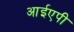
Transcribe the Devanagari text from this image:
आईएपी